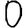
Digit: 0